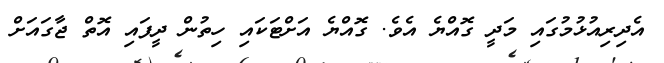
އެދިރިއުޅުމުގައި މަދީ ގޮއްޔެ އެވެ. ގޮއްޔެ އަށްޓަކައި ހިތުން ދީފައި އޮތް ޖާގައަށް